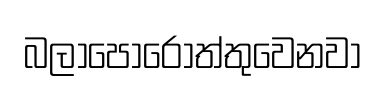
බලාපොරොත්තුවෙනවා